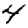
Digit: 4